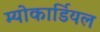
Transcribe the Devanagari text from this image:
म्योकार्डियल